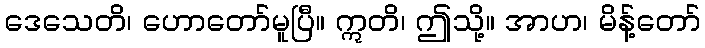
ဒေသေတိ၊ ဟောတော်မူပြီ။ ဣတိ၊ ဤသို့။ အာဟ၊ မိန့်တော်